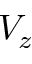
V _ { z }